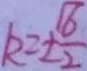
k = \pm \frac { 1 6 } { 2 }